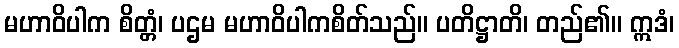
မဟာဝိပါက စိတ္တံ၊ ပဌမ မဟာဝိပါကစိတ်သည်။ ပတိဋ္ဌာတိ၊ တည်၏။ ဣဒံ၊